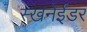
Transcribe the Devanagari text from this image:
स्खनेईडर